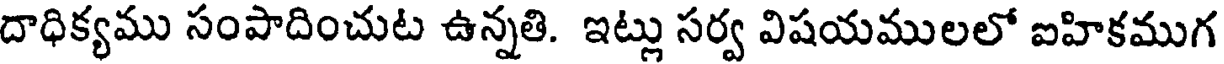
దాధిక్యము సంపాదించుట ఉన్నతి. ఇట్లు సర్వ విషయములలో ఐహికముగ